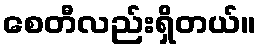
စေတီလည်းရှိတယ်။